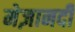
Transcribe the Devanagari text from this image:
मेज़ानदी